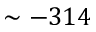
\sim - 3 1 4